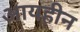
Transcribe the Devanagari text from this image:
आयहीन